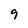
Character: 9